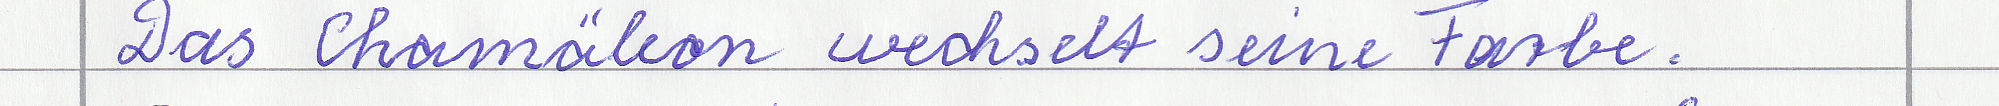
Das Chamäleon wechselt seine Farbe.